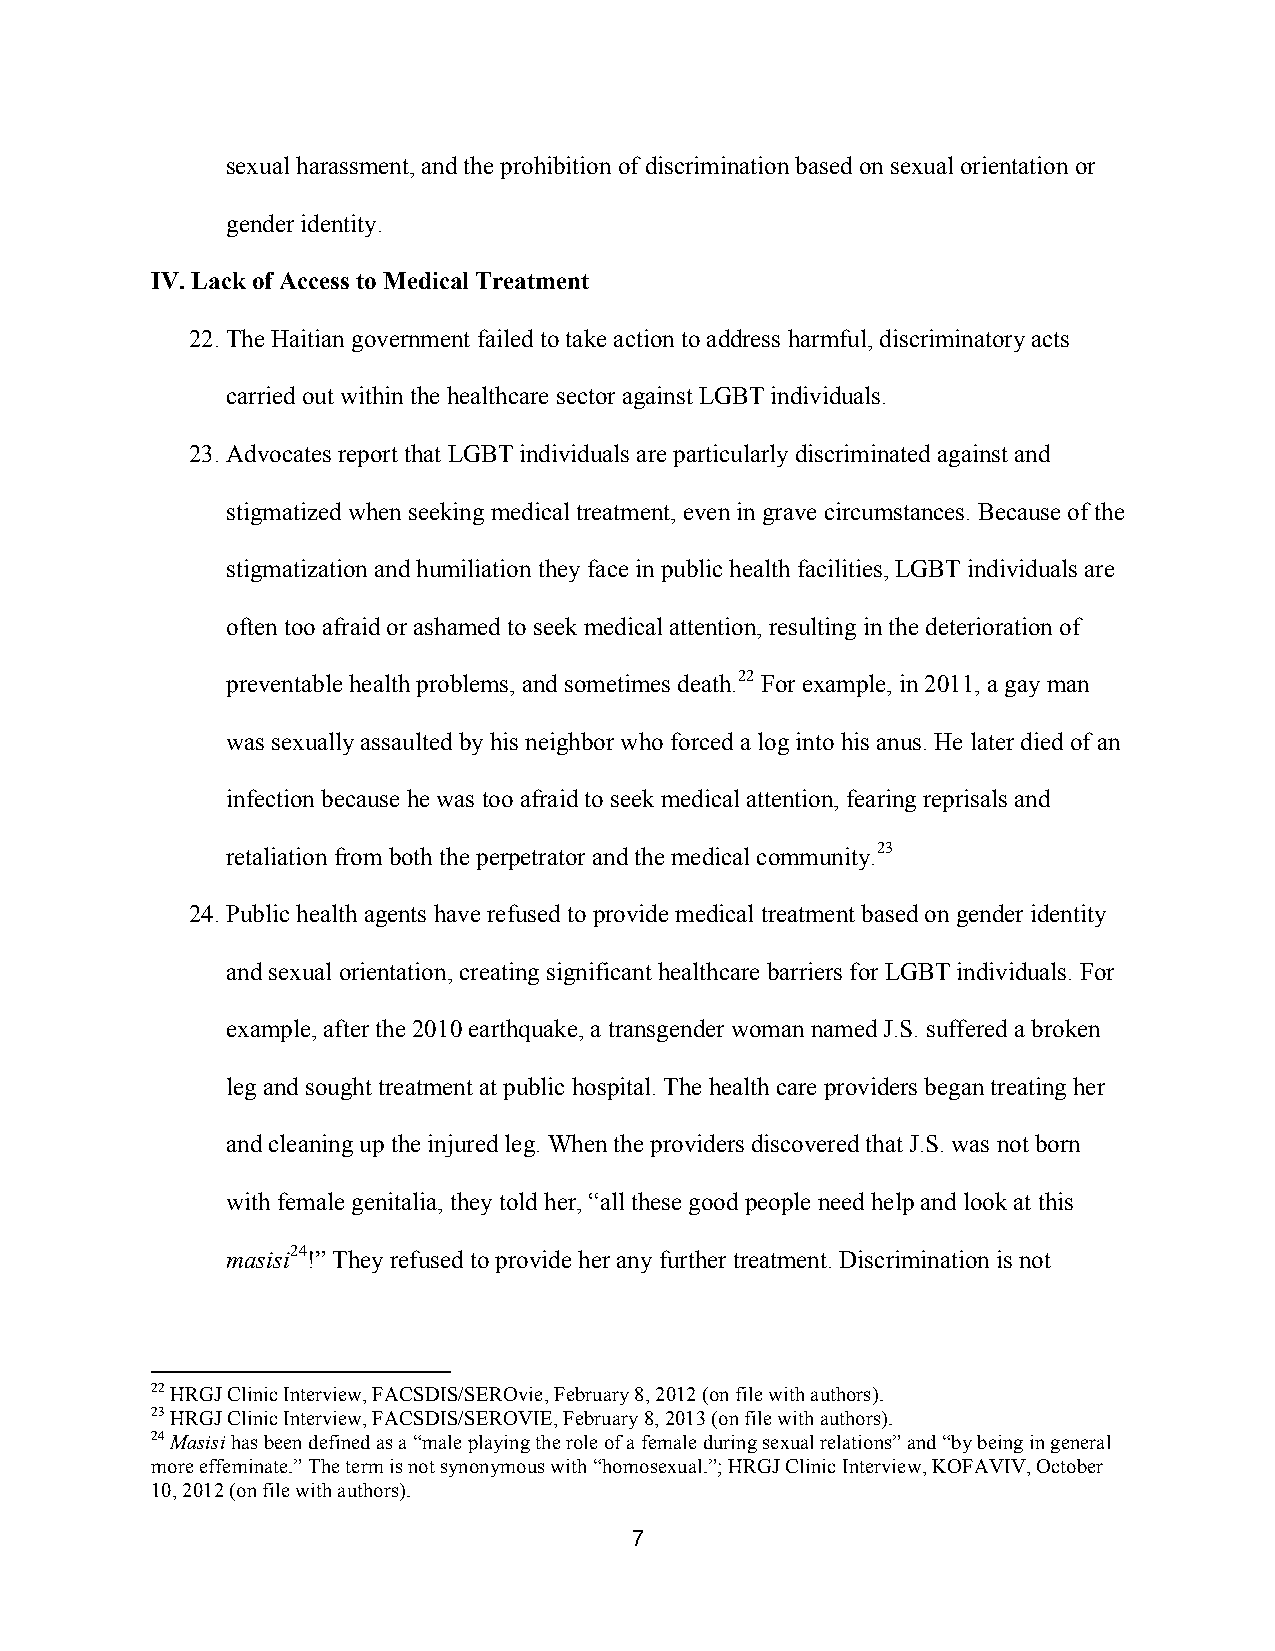
sexual harassment, and the prohibition of discrimination based on sexual orientation or
 gender identity.
 IV. Lack of Access to Medical Treatment
 22. The Haitian government failed to take action to address harmful, discriminatory acts
 carried out within the healthcare sector against LGBT individuals.
 23. Advocates report that LGBT individuals are particularly discriminated against and
 stigmatized when seeking medical treatment, even in grave circumstances. Because of the
 stigmatization and humiliation they face in public health facilities, LGBT individuals are
 often too afraid or ashamed to seek medical attention, resulting in the deterioration of
 preventable health problems, and sometimes death.22 For example, in 2011, a gay man
 was sexually assaulted by his neighbor who forced a log into his anus. He later died of an
 infection because he was too afraid to seek medical attention, fearing reprisals and
 retaliation from both the perpetrator and the medical community.23
 24. Public health agents have refused to provide medical treatment based on gender identity
 and sexual orientation, creating significant healthcare barriers for LGBT individuals. For
 example, after the 2010 earthquake, a transgender woman named J.S. suffered a broken
 leg and sought treatment at public hospital. The health care providers began treating her
 and cleaning up the injured leg. When the providers discovered that J.S. was not born
 with female genitalia, they told her, “all these good people need help and look at this
 masisi24!” They refused to provide her any further treatment. Discrimination is not
 22 HRGJ Clinic Interview, FACSDIS/SEROvie, February 8, 2012 (on file with authors).
 23 HRGJ Clinic Interview, FACSDIS/SEROVIE, February 8, 2013 (on file with authors).
 24 Masisi has been defined as a “male playing the role of a female during sexual relations” and “by being in general
 more effeminate.” The term is not synonymous with “homosexual.”; HRGJ Clinic Interview, KOFAVIV, October
 10, 2012 (on file with authors).
 7